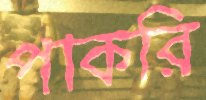
পাকরি